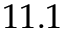
1 1 . 1